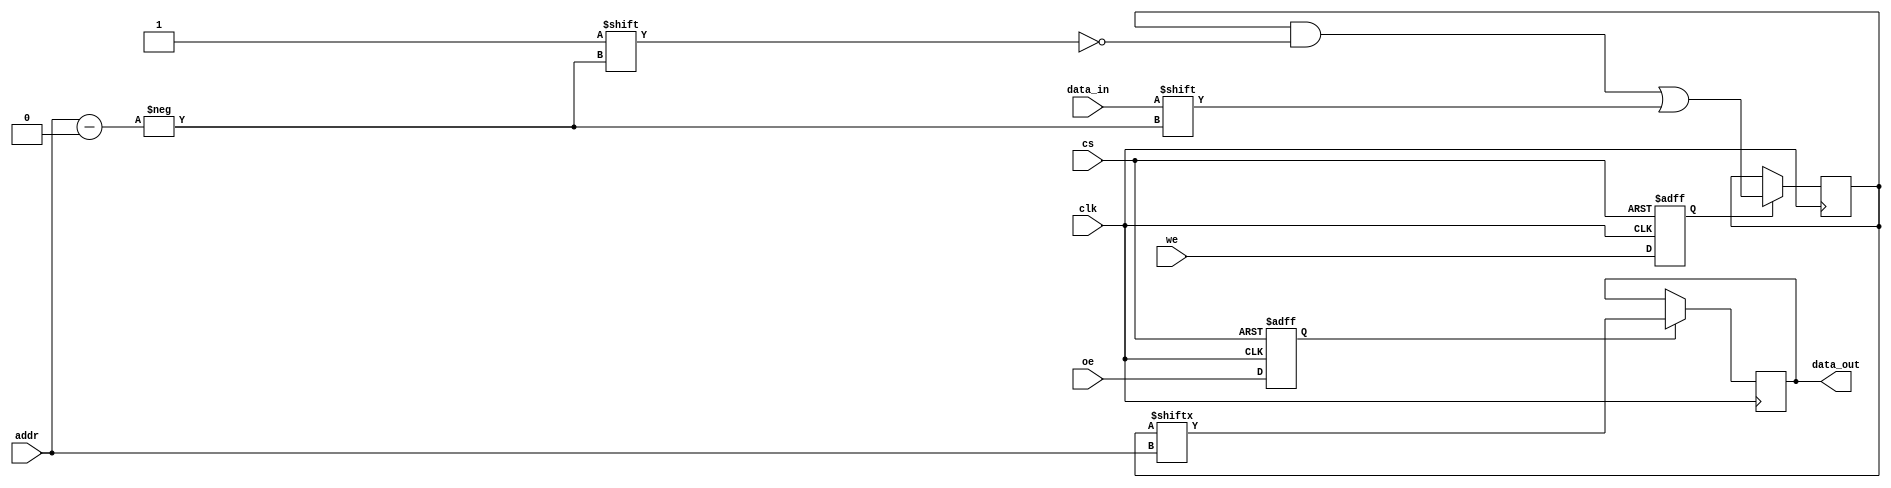
module slc_eeprom (
    input wire clk,           // Clock signal
    input wire cs,            // Chip select
    input wire we,            // Write enable
    input wire oe,            // Output enable
    input wire [3:0] addr,    // Address input (4 bits for 16 cells)
    input wire data_in,       // Data input
    output reg data_out       // Data output
);

    // Memory array for SLC EEPROM (16 cells, 1 bit each)
    reg [15:0] memory;

    // Internal signal for read/write operation
    reg write_enable;
    reg output_enable;

    // Control logic
    always @(posedge clk or negedge cs) begin
        if (!cs) begin
            // Chip is disabled
            write_enable <= 0;
            output_enable <= 0;
        end else begin
            write_enable <= we;
            output_enable <= oe;
        end
    end

    // Write operation
    always @(posedge clk) begin
        if (write_enable) begin
            memory[addr] <= data_in; // Write data to the selected address
        end
    end

    // Read operation
    always @(posedge clk) begin
        if (output_enable) begin
            data_out <= memory[addr]; // Read data from the selected address
        end
    end

endmodule